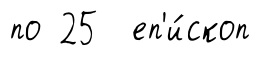
по 25 еп'и́скоп